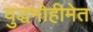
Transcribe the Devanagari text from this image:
युद्धमोहीमेत